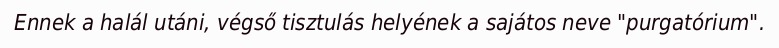
Ennek a halál utáni, végső tisztulás helyének a sajátos neve "purgatórium".